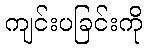
ကျင်းပခြင်းကို